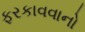
ફરકાવવાનો